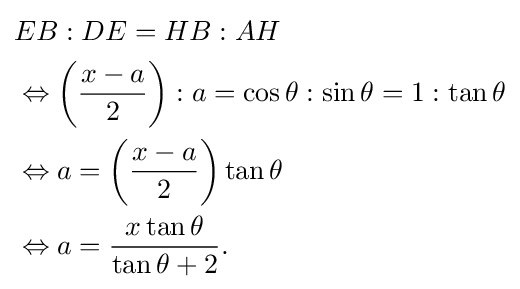
{\begin{aligned}&EB:DE=HB:AH\\&\Leftrightarrow {\bigg (}{\frac {x-a}{2}}{\bigg )}:a=\cos \theta :\sin \theta =1:\tan \theta \\&\Leftrightarrow a={\bigg (}{\frac {x-a}{2}}{\bigg )}\tan \theta \\&\Leftrightarrow a={\frac {x\tan \theta }{\tan \theta +2}}.\\\end{aligned}}